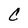
Character: C